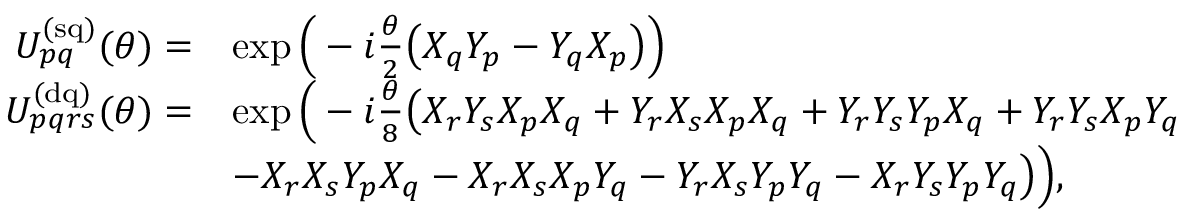
\begin{array} { r l } { U _ { p q } ^ { \mathrm { ( s q ) } } ( \theta ) = } & { \exp \Big ( - i \frac { \theta } { 2 } \big ( X _ { q } Y _ { p } - Y _ { q } X _ { p } \big ) \Big ) } \\ { U _ { p q r s } ^ { \mathrm { ( d q ) } } ( \theta ) = } & { \exp \Big ( - i \frac { \theta } { 8 } \big ( X _ { r } Y _ { s } X _ { p } X _ { q } + Y _ { r } X _ { s } X _ { p } X _ { q } + Y _ { r } Y _ { s } Y _ { p } X _ { q } + Y _ { r } Y _ { s } X _ { p } Y _ { q } } \\ & { - X _ { r } X _ { s } Y _ { p } X _ { q } - X _ { r } X _ { s } X _ { p } Y _ { q } - Y _ { r } X _ { s } Y _ { p } Y _ { q } - X _ { r } Y _ { s } Y _ { p } Y _ { q } \big ) \Big ) , } \end{array}